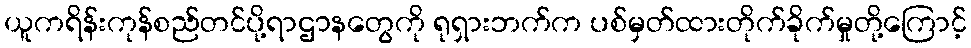
ယူကရိန်းကုန်စည်တင်ပို့ရာဌာနတွေကို ရုရှားဘက်က ပစ်မှတ်ထားတိုက်ခိုက်မှုတို့ကြောင့်